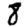
Digit: 8